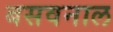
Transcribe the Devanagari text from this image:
बसवनाल